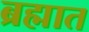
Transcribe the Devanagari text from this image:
ब्रह्मात